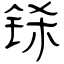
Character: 铩